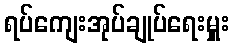
ရပ်ကျေးအုပ်ချုပ်ရေးမှူး